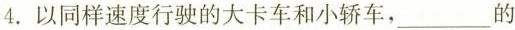
4.以同样速度行驶的大卡车和小轿车，___的